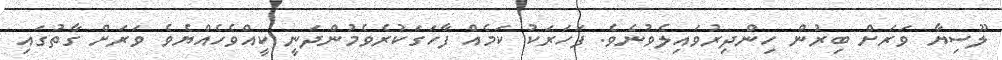
ލޫސިޔާ ވަރަށް ބިރުން ހިންދިރުވައިލެވުނެވެ. ފަހަރަކު ކަމެއް ފާހަގަކުރެވެމުންދަނީ ކީއްވެހެއްޔެވެ ވަރަށް ގާތުގައި